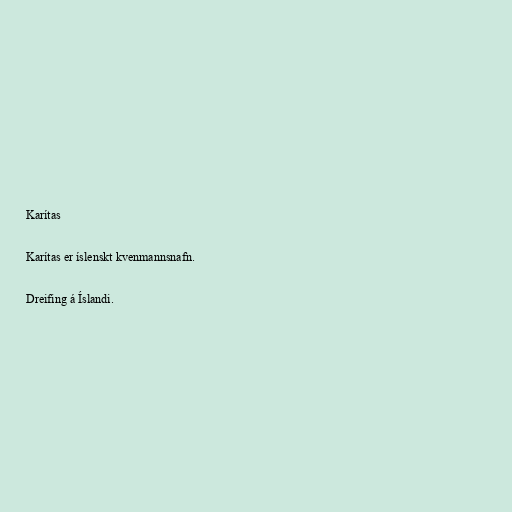
Karítas

Karítas er íslenskt kvenmannsnafn.

Dreifing á Íslandi.